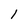
Character: 1